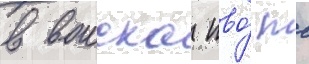
в воиска пво́ тс